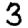
Digit: 3